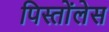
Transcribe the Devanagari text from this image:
पिस्तोंलेस